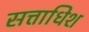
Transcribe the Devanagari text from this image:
सत्ताधिश